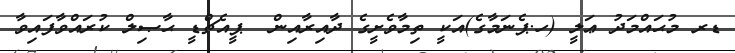
ޑރ މުޙައްމަދު ޢަލީ (ހ.ޕެނަމާގެ)އަކީ ތިމާވެށީގެ ދާއިރާއިން  ޕީއެޗްޑީ ޙާޞިލް ކުރައްވާފައިވާ